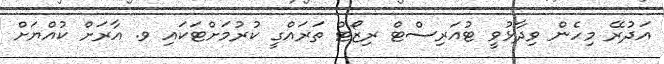
އަދުރޭ މިހެން ވިދާޅުވީ ޓުއަރިސްޓް ރިޒޯޓް ތަރައްގީ ކުރުމަށްޓަކައި ވ. އާރަށް ކުއްޔަށް